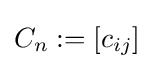
C_{n}:=[c_{ij}]